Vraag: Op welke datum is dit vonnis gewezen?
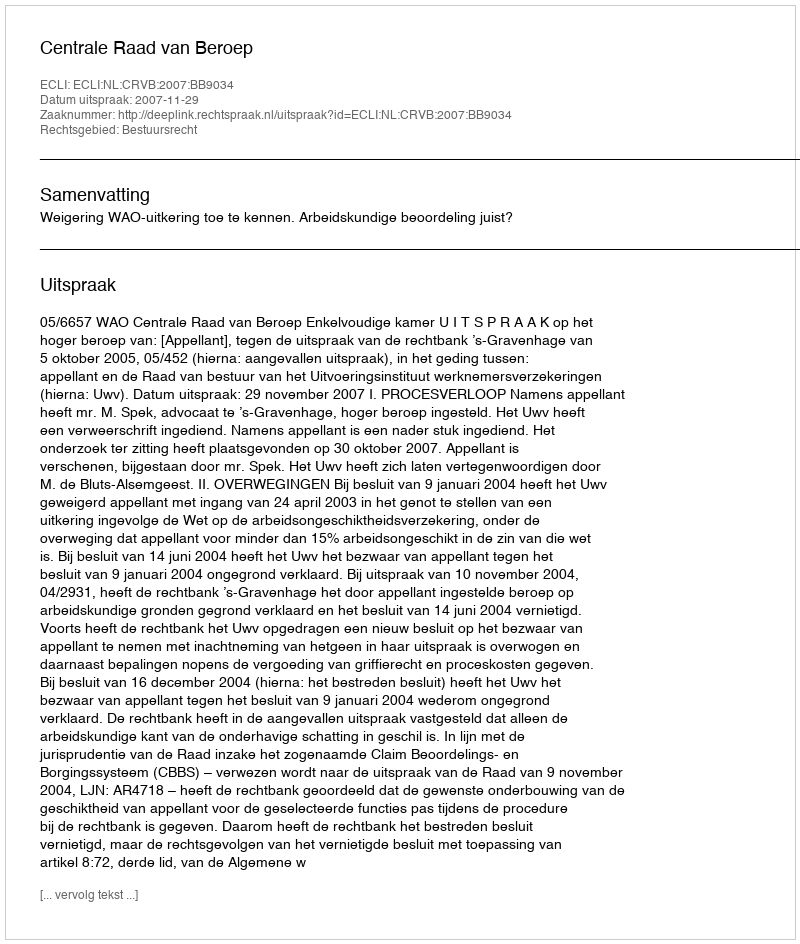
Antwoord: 2007-11-29